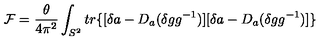
{ \cal F } = \frac { \theta } { 4 \pi ^ { 2 } } \int _ { S ^ { 2 } } t r \{ [ \delta a - D _ { a } ( \delta g g ^ { - 1 } ) ] [ \delta a - D _ { a } ( \delta g g ^ { - 1 } ) ] \}